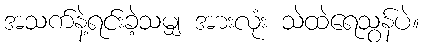
အသက်နဲ့ရင်းခဲ့သမျှ အားလုံး သဲထဲရေသွန်ပဲ။